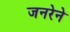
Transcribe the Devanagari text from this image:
जनरेने